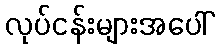
လုပ်ငန်းများအပေါ်